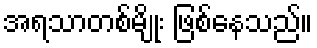
အရသာတစ်မျိုး ဖြစ်နေသည်။